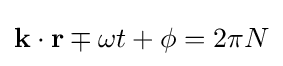
\mathbf {k} \cdot \mathbf {r} \mp \omega t+\phi =2\pi N\,\!